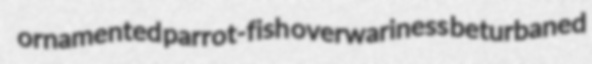
ornamented parrot-fish overwariness beturbaned